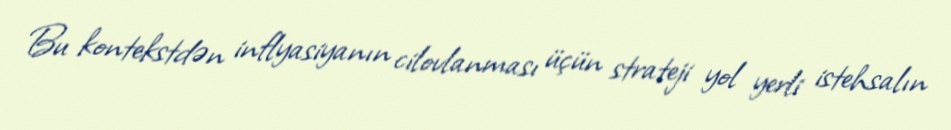
Bu kontekstdən inflyasiyanın cilovlanması üçün strateji yol yerli istehsalın